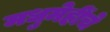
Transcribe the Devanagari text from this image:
मधुमेहींचे